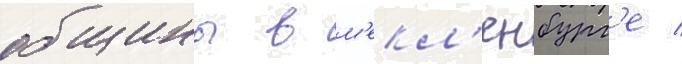
общины в м'екл'енбург'е /